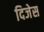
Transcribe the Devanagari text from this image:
दिजेस